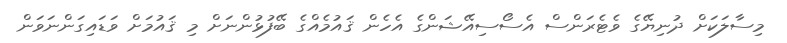
މިސާލަކަށް ދުނިޔޭގެ ވެޓެރަންސް އެސޯސިއޭޝަންގެ އެހެން ޤައުމެއްގެ ބޭފުޅުންނަށް މި ޤައުމަށް ވަޑައިގަންނަވަން